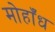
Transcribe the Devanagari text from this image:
मोहाँध